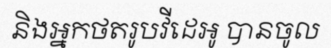
និងអ្នកថតរូបវីដេអូ បានចូល